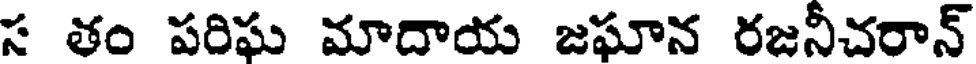
స తం పరిఘ మాదాయ జఘాన రజనీచరాన్